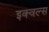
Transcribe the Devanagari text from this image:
इक्वल्स